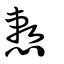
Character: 慗